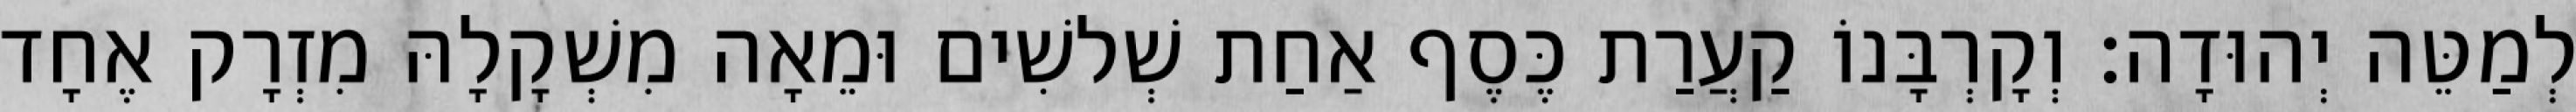
לְמַטֵּה יְהוּדָה׃ וְקָרְבָּנוֹ קַעֲרַת כֶּסֶף אַחַת שְׁלשִׁים וּמֵאָה מִשְׁקָלָהּ מִזְרָק אֶחָד